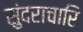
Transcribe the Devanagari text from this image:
सुंदराचारि